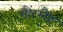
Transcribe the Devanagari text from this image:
मौंटस्टैंट